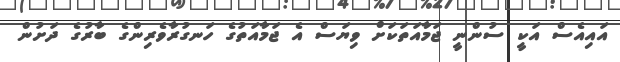
އައިއެސް އަކީ ސުންނީ ޖަމާއަތަކަށް ވިޔަސް އެ ޖަމާއަތުގެ ހަނގުރާވެރިންގެ ބާރުގެ ދަށުން